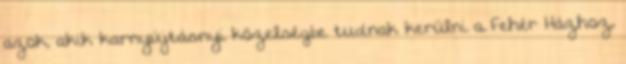
azok, akik karnyújtásnyi közelségbe tudnak kerülni a Fehér Házhoz,